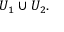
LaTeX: U _ { 1 } \cup U _ { 2 } .